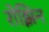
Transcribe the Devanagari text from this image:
रोझिन